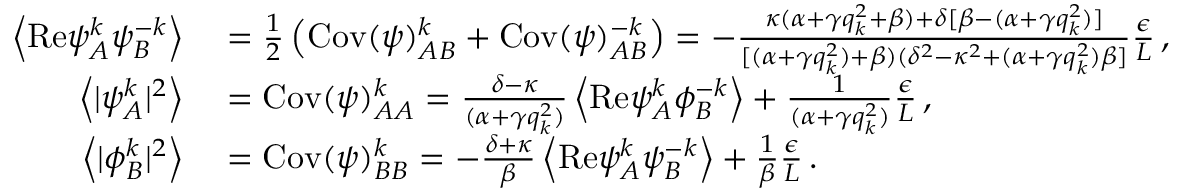
\begin{array} { r l } { \left\langle \mathrm { R e } { \psi } _ { A } ^ { k } { \psi } _ { B } ^ { - k } \right\rangle } & { { } = \frac { 1 } { 2 } \left( \mathrm { C o v } ( \psi ) _ { A B } ^ { k } + \mathrm { C o v } ( \psi ) _ { A B } ^ { - k } \right) = - \frac { \kappa ( \alpha + \gamma q _ { k } ^ { 2 } + \beta ) + \delta [ \beta - ( \alpha + \gamma q _ { k } ^ { 2 } ) ] } { [ ( \alpha + \gamma q _ { k } ^ { 2 } ) + \beta ) ( \delta ^ { 2 } - \kappa ^ { 2 } + ( \alpha + \gamma q _ { k } ^ { 2 } ) \beta ] } \frac { \epsilon } { L } \, , } \\ { \left\langle \vert { \psi } _ { A } ^ { k } \vert ^ { 2 } \right\rangle } & { { } = \mathrm { C o v } ( \psi ) _ { A A } ^ { k } = \frac { \delta - \kappa } { ( \alpha + \gamma q _ { k } ^ { 2 } ) } \left\langle \mathrm { R e } { \psi } _ { A } ^ { k } { \phi } _ { B } ^ { - k } \right\rangle + \frac { 1 } { ( \alpha + \gamma q _ { k } ^ { 2 } ) } \frac { \epsilon } { L } \, , } \\ { \left\langle \vert { \phi } _ { B } ^ { k } \vert ^ { 2 } \right\rangle } & { { } = \mathrm { C o v } ( \psi ) _ { B B } ^ { k } = - \frac { \delta + \kappa } { \beta } \left\langle \mathrm { R e } { \psi } _ { A } ^ { k } { \psi } _ { B } ^ { - k } \right\rangle + \frac { 1 } { \beta } \frac { \epsilon } { L } \, . } \end{array}